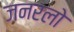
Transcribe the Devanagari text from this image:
जनरलो